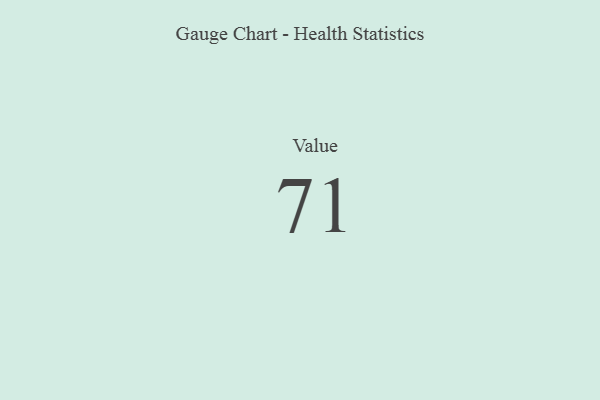
{"axis": {"x": "Metric", "y": "Value"}, "legend": [""], "data": [{"x": "Value", "y": 71, "type": ""}]}